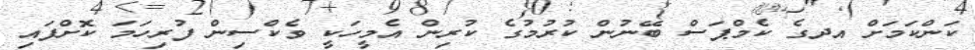
ކަންކަމަށް އދގެ ކެމްޕަސް ބޭނުން ކުރުމުގެ ކުރިން އެމީހަކީ ވެކްސިން ފުރިހަމަ ކޮށްފައި